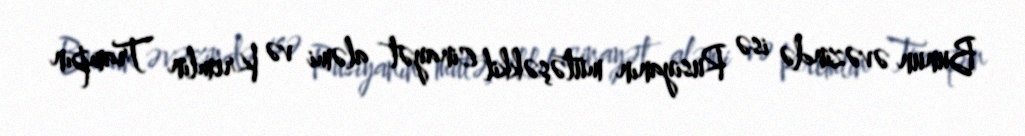
Bunun əvəzində isə Rusiyanın mütəşəkkil cinayət aləmi və Kremlin Trampın